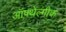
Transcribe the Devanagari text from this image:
ऑफ्थेल्मीक